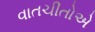
વાતચીતોએ